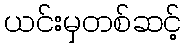
ယင်းမှတစ်ဆင့်